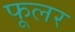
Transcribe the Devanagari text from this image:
फूलर